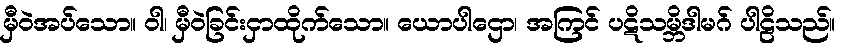
မှီဝဲအပ်သော။ ဝါ၊ မှီဝဲခြင်းငှာထိုက်သော။ ယောပါဌော၊ အကြင် ပဋိသမ္ဘိဒါမဂ် ပါဠိသည်။